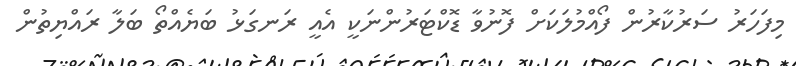
މިފަހަރު ސަރުކާރުން ފޯއްމުލަކަށް ފޮނުވާ ޑޮކްޓަރުންނަކީ އެއީ ރަނގަޅު ބަޔެއްތޯ ބަލާ ރައްޔިތުން